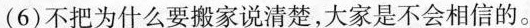
(6)不把为什么要搬家说清楚，大家是不会相信的。